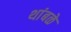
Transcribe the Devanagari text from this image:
थांबळे